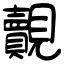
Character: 覿